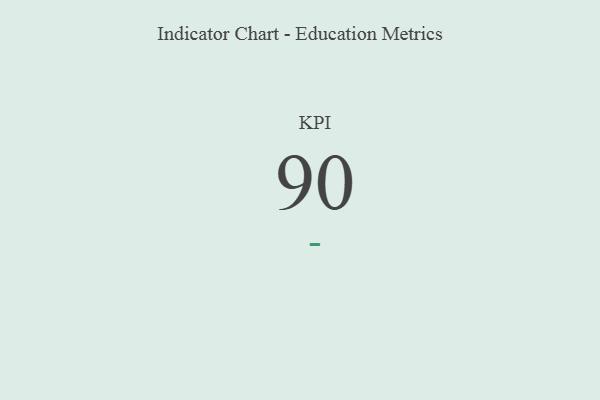
{"axis": {"x": "KPI", "y": "Value"}, "legend": [""], "data": [{"x": "KPI", "y": 90, "type": ""}]}